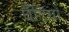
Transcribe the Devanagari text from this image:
घँटियाँ